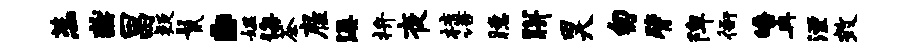
蕊燕昌疑鬣。媪诲茶雇溪拚夜梳语臆胼昊匆臂陴衙皤冉湮效